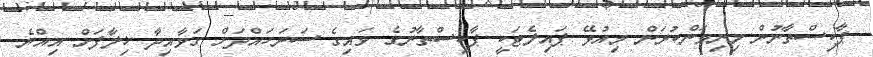
ޕާކިސްތާނުން މިނިވަންކުރަން މިއުޅޭ ޕައިލެޓަކީ ޕާކިސްތާނުގެ ވައިގެ ސަރަހައްދަށް ގަވާއިދާ ޚިލާފަށް އިއްޔެ